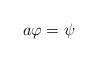
LaTeX: \begin{align*}a\varphi=\psi\end{align*}